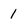
Character: 1